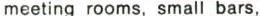
meeting rooms, small bars,